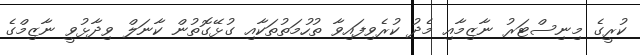
ކުރީގެ މިނިސްޓަރު ނާޒިމާއި މެދު ކުރެވިފައިވާ ތުހުމަތުތަކާއި ގުޅޭގޮތުން ކާނަލް ވިދާޅުވީ ނާޒިމްގެ